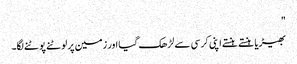
"
بھیڑیا ہنستے ہنستے اپنی کرسی سے لڑھک گیا اور زمین پر لوٹنے پوٹنے لگا۔